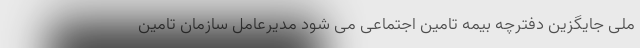
ملی جایگزین دفترچه بیمه تامین اجتماعی می شود مدیرعامل سازمان تامین